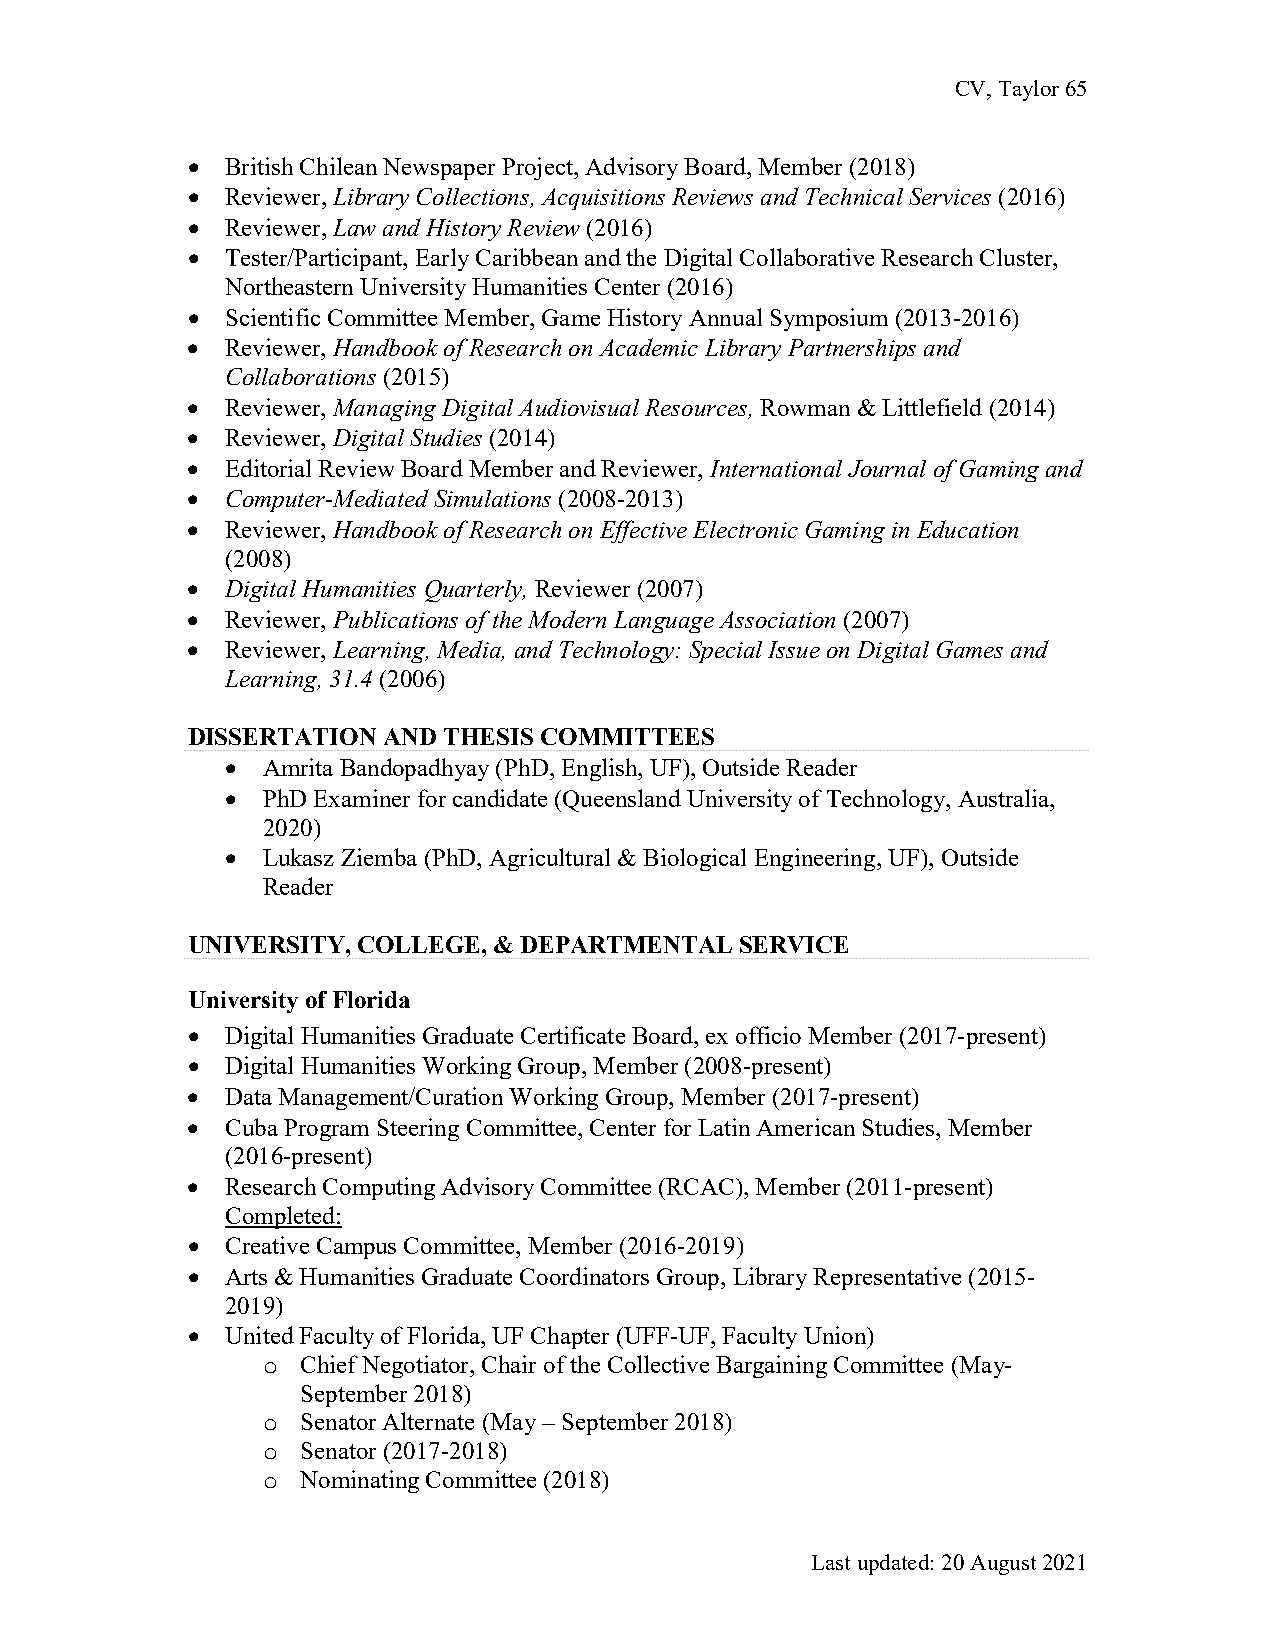
CV, Taylor 65
 •  British Chilean Newspaper Project, Advisory Board, Member (2018)
 •  Reviewer, Library Collections, Acquisitions Reviews and Technical Services (2016)
 •  Reviewer, Law and History Review (2016)
 •  Tester/Participant, Early Caribbean and the Digital Collaborative Research Cluster,
 Northeastern University Humanities Center (2016)
 •  Scientific Committee Member, Game History Annual Symposium (2013-2016)
 •  Reviewer, Handbook of Research on Academic Library Partnerships and
 Collaborations (2015)
 •  Reviewer, Managing Digital Audiovisual Resources, Rowman & Littlefield (2014)
 •  Reviewer, Digital Studies (2014)
 •  Editorial Review Board Member and Reviewer, International Journal of Gaming and
 •  Computer-Mediated Simulations (2008-2013)
 •  Reviewer, Handbook of Research on Effective Electronic Gaming in Education
 (2008)
 •  Digital Humanities Quarterly, Reviewer (2007)
 •  Reviewer, Publications of the Modern Language Association (2007)
 •  Reviewer, Learning, Media, and Technology: Special Issue on Digital Games and
 Learning, 31.4 (2006)
 DISSERTATION AND THESIS COMMITTEES
 • Amrita Bandopadhyay (PhD, English, UF), Outside Reader
 • PhD Examiner for candidate (Queensland University of Technology, Australia,
 2020)
 • Lukasz Ziemba (PhD, Agricultural & Biological Engineering, UF), Outside
 Reader
 UNIVERSITY, COLLEGE, & DEPARTMENTAL  SERVICE
 University of Florida
 •  Digital Humanities Graduate Certificate Board, ex officio Member (2017-present)
 •  Digital Humanities Working Group, Member (2008-present)
 •  Data Management/Curation Working Group, Member (2017-present)
 •  Cuba Program Steering Committee, Center for Latin American Studies, Member
 (2016-present)
 •  Research Computing Advisory Committee (RCAC), Member (2011-present)
 Completed:
 •  Creative Campus Committee, Member (2016-2019)
 •  Arts & Humanities Graduate Coordinators Group, Library Representative (2015-
 2019)
 •  United Faculty of Florida, UF Chapter (UFF-UF, Faculty Union)
 Chief Negotiator, Chair of the Collective Bargaining Committee (May-
 o
 September 2018)
 Senator Alternate (May – September 2018)
 o
 Senator (2017-2018)
 o
 Nominating Committee (2018)
 o
 Last updated: 20 August 2021